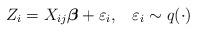
LaTeX: \begin{align*}Z_{i}=X_{ij}\boldsymbol{\beta}+\varepsilon_{i}, \;\;\; \varepsilon_{i} \sim q(\cdot)\end{align*}